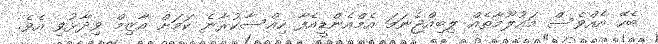
ބެހޭ އެއްވެސް މައުލޫމާތެއް ލިބިއްޖެނަމަ އެމްއެންޑީއެފާ ހިއްސާކުރާނެ ކަމަށް އާޒިމް ވިދާޅުވި އެވެ.